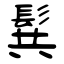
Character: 髸